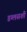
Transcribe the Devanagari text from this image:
डग्लसशी